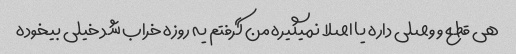
هی قطع و وصلی داره یا اصلا نمیگیره من گرفتم یه روزه خراب شد خیلی بیخوده